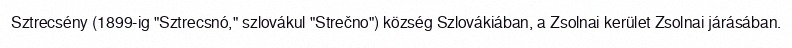
Sztrecsény (1899-ig "Sztrecsnó," szlovákul "Strečno") község Szlovákiában, a Zsolnai kerület Zsolnai járásában.